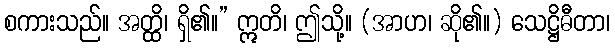
စကားသည်။ အတ္ထိ၊ ရှိ၏။” ဣတိ၊ ဤသို့။ (အာဟ၊ ဆို၏။) သေဋ္ဌိဓီတာ၊